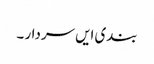
بندی ایں سردار ۔